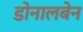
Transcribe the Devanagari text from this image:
डोनालबेन